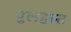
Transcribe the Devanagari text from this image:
पुलहस्त